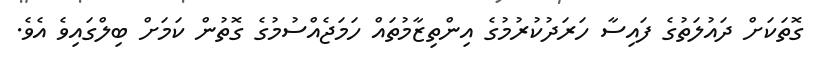
ގޮތަކަށް ދައުލަތުގެ ފައިސާ ހަރަދުކުރުމުގެ އިންތިޒާމުތައް ހަަމަޖެއްސުމުގެ ގޮތުން ކަަމަށް ބިލްގައިވެ އެވެ.